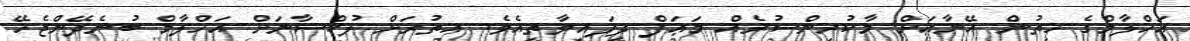
އަހްލާމްގެ ހިތުން އޭނާއަށް މާކުރިންސުރެއް މަޢަފް ދީފައިވާތީއެވެ. އިތުރަށް ލުކްޝާނަށް އަހްލާމް ބުނެދޭންޖެހޭ